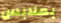
بملابس